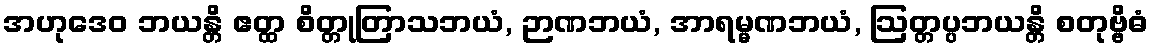
အဟုဒေဝ ဘယန္တိ ဧတ္ထ စိတ္တုတြာသဘယံ, ဉာဏဘယံ, အာရမ္မဏဘယံ, ဩတ္တပ္ပဘယန္တိ စတုဗ္ဗိဓံ